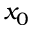
x _ { 0 }